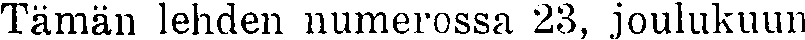
Tämän lehden numerossa 23, joulukuun